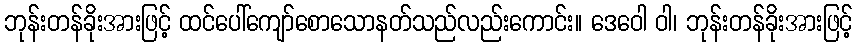
ဘုန်းတန်ခိုးအားဖြင့် ထင်ပေါ်ကျော်စောသောနတ်သည်လည်းကောင်း။ ဒေဝေါ ဝါ၊ ဘုန်းတန်ခိုးအားဖြင့်